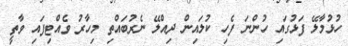
ހުޅުމާލޭ ފަޅުގައި ހުންނަ ފެހި ކުލައިން ދިއްލޭ ނެރުބައްތި މިހާރު ވެއްޓިފައި ވާތީ